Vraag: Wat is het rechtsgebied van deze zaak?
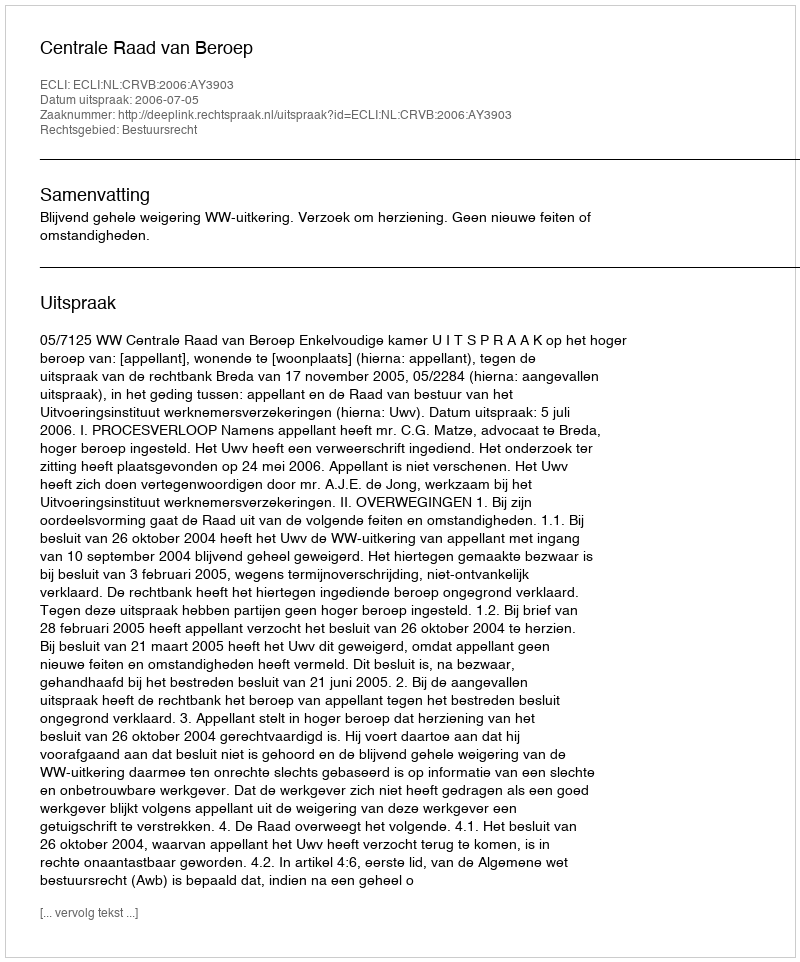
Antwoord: Bestuursrecht